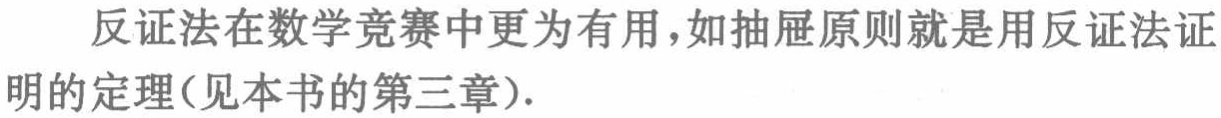
反证法在数学竞赛中更为有用，如抽屉原则就是用反证法证明的定理(见本书的第三章).